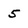
Character: 5